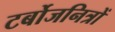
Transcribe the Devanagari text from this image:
टर्बोजनित्रों